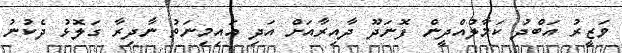
ވަޒީރު އަބްދު ކަމާލުއްދީން ފޮނަދޫ ދާއިރާއަށް އަދި އައިމިނަތު ނާދިރާ ގަލޮޅު ދެކުނު